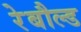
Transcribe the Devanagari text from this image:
रेबौल्ड